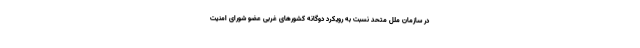
در سازمان ملل متحد نسبت به رویکرد دوگانه کشورهای غربی عضو شورای امنیت